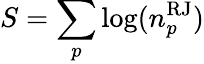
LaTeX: S=\sum_{p}\log(n_{p}^{\mathrm{RJ}})